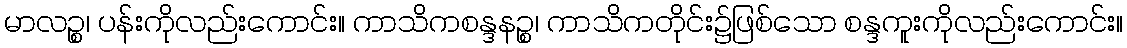
မာလဉ္စ၊ ပန်းကိုလည်းကောင်း။ ကာသိကစန္ဒနဉ္စ၊ ကာသိကတိုင်း၌ဖြစ်သော စန္ဒကူးကိုလည်းကောင်း။